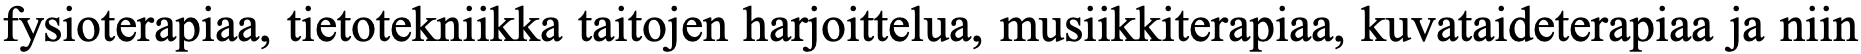
fysioterapiaa, tietotekniikka taitojen harjoittelua, musiikkiterapiaa, kuvataideterapiaa ja niin